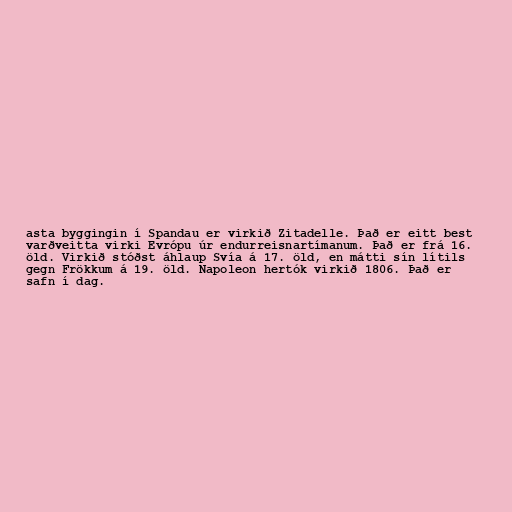
asta byggingin í Spandau er virkið Zitadelle. Það er eitt best
varðveitta virki Evrópu úr endurreisnartímanum. Það er frá 16.
öld. Virkið stóðst áhlaup Svía á 17. öld, en mátti sín lítils
gegn Frökkum á 19. öld. Napoleon hertók virkið 1806. Það er
safn í dag.